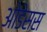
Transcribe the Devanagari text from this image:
ओडेसस